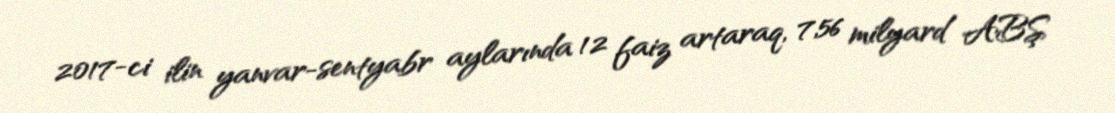
2017-ci ilin yanvar-sentyabr aylarında 12 faiz artaraq, 7,56 milyard ABŞ